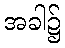
အခါ၌